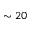
\sim 2 0